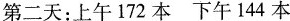
第二天：上午172本 下午144本